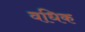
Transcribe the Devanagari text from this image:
वधिक